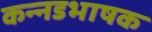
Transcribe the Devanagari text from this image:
कन्‍नडभाषक